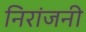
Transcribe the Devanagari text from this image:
निरांजनी